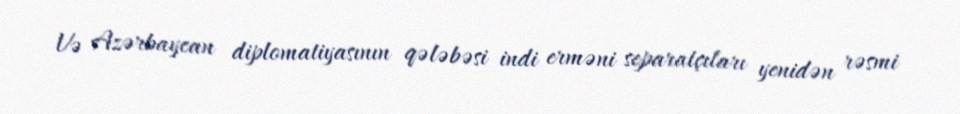
Və Azərbaycan diplomatiyasının qələbəsi indi erməni separatçıları yenidən rəsmi